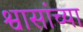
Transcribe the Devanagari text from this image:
श्वासांच्या